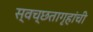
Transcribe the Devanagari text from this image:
स्वच्छतागृहांची